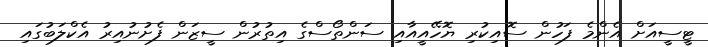
ޓީސީއަށް އެންމެ ފަހުން ސޮއިކުރި ޔޮހޭއީއާއި ސަންތޯސްގެ އިތުރުން ސީޒަން ފެށުނުއިރު އެކްލަބުގައި